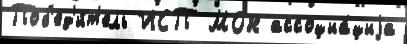
Поб'ед'и́т'ель ИСП МОН ассоциа́циjа